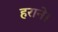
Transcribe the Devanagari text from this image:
हराने।